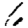
Digit: 6